Medical and sanitary report of the native army of Madras for the year
Year: 1876
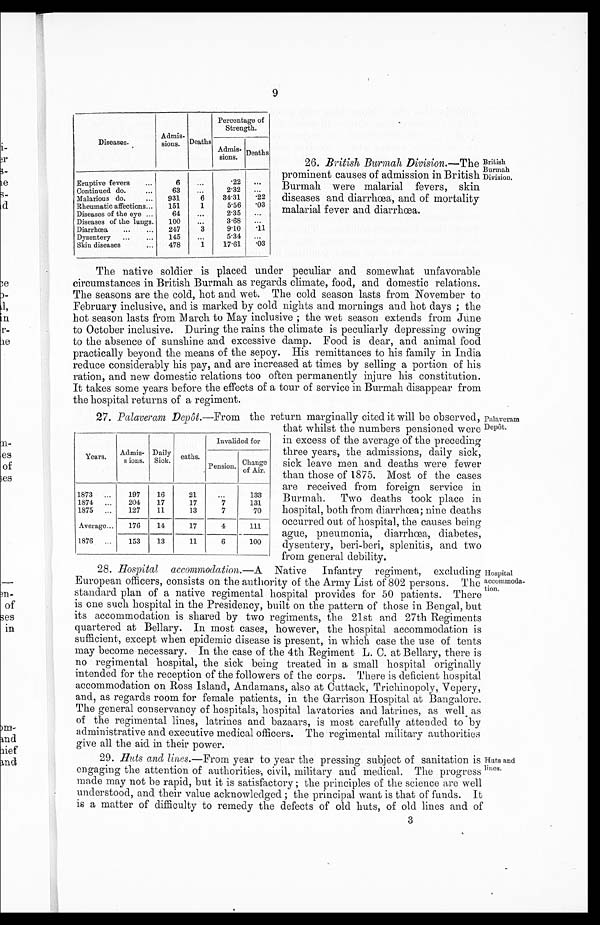
9
Diseases.
Admis
-sions. Deaths
Percentage
of Strength.
Admis
-sions. Deaths
Eruptive fevers
6
22
Continued do.
63
232
Malarious do.
931
6
3431
22
Rheumatic affections
151
1
556
03
Diseases of the eye
64
235
Diseases of the lungs.
100
368
Diarrhœa
247
3
910
11
Dysentery
145
534
Skin diseases
478
1
1761
03
26. British Burmah Division. —The
prominent causes of admission in British
Burmah were malarial fevers, skin
diseases and diarrhœa, and of mortality
malarial fever and diarrhœa.
British
Burmah
Division.
The native soldier is placed under peculiar and somewhat unfavorable
circumstances in British Burmah as regards climate, food, and domestic relations.
The seasons are the cold, hot and wet. The cold season lasts from November to
February inclusive, and is marked by cold nights and mornings and hot days; the
hot season lasts from March to May inclusive; the wet season extends from June
to October inclusive. During the rains the climate is peculiarly depressing owing
to the absence of sunshine and excessive damp. Food is dear, and animal food
practically beyond the means of the sepoy. His remittances to his family in India
reduce considerably his pay, and are increased at times by selling a portion of his
ration, and new domestic relations too often permanently injure his constitution.
It takes some years before the effects of a tour of service in Burmah disappear from
the hospital returns of a regiment.
27. Palaveram Depôt. —From the return marginally cited it will be observed, Palaveram
Depôt.
Years.
Admis
-sions.
Daily
Sick. eaths.
Invalided for
Pension.
Change
of Air.
1873
197
16
21
133
1874
204
17
17
7
131
1875
127
11
13
7
70
Average
176
14
17
4
111
1876
153
13
11
6
100
that whilst the numbers pensioned were
in excess of the average of the preceding
three years, the admissions, daily sick,
sick leave men and deaths were fewer
than those of 1875. Most of the cases
are received from foreign service in
Burmah. Two deaths took place in
hospital, both from diarrhœa; nine deaths
occurred out of hospital, the causes being
ague, pneumonia, diarrhœa, diabetes,
dysentery, beri-beri, splenitis, and two
from general debility.
28.
Hospital accommodation. —A Native Infantry regiment, excluding
European officers, consists on the authority of the Army List of 802 persons. The
standard plan of a native regimental hospital provides for 50 patients. There
is one such hospital in the Presidency, built on the pattern of those in Bengal, but
its accommodation is shared by two regiments, the 21st and 27th Regiments
quartered at Bellary. In most cases, however, the hospital accommodation is
sufficient, except when epidemic disease is present, in which case the use of tents
may become necessary. In the case of the 4th Regiment L. C. at Bellary, there is
no regimental hospital, the sick being treated in a small hospital originally
intended for the reception of the followers of the corps. There is deficient hospital
accommodation on Ross Island, Andamans, also at Cuttack, Trichinopoly, Vepery,
and, as regards room for female patients, in the Garrison Hospital at Bangalore.
The general conservancy of hospitals, hospital lavatories and latrines, as well as
of the regimental lines, latrines and bazaars, is most carefully attended to by
administrative and executive medical officers. The regimental military authorities
give all the aid in their power.
29.
Huts and lines. —From year to year the pressing subject of sanitation is
engaging the attention of authorities, civil, military and medical. The progress
made may not be rapid, but it is satisfactory; the principles of the science are well
understood, and their value acknowledged; the principal want is that of funds. It
is a matter of difficulty to remedy the defects of old huts, of old lines and of
Hospital
accommoda
tion.
Huts and
lines.
3